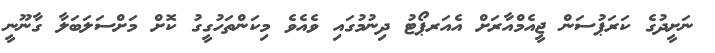
ނަށީދުގެ ކަރަޕުސަން ޖީއެމްއާރަށް އެެއަރޕޯޓު ދިނުމުގައި ވެއެވެ މިކަންތަހުގީގު ކޮށް މަށްސަލަބަލާ ގާނޫނީ